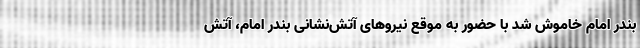
بندر امام خاموش شد با حضور به موقع نیروهای آتش‌نشانی بندر امام، آتش